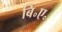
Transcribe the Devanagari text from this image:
बि॰ए॰